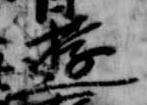
遊